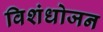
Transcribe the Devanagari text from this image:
विशंधोजन